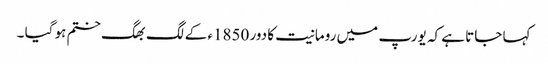
کہا جاتا ہے کہ یورپ میں رومانیت کا دور 1850ء کے لگ بھگ ختم ہو گیا ۔